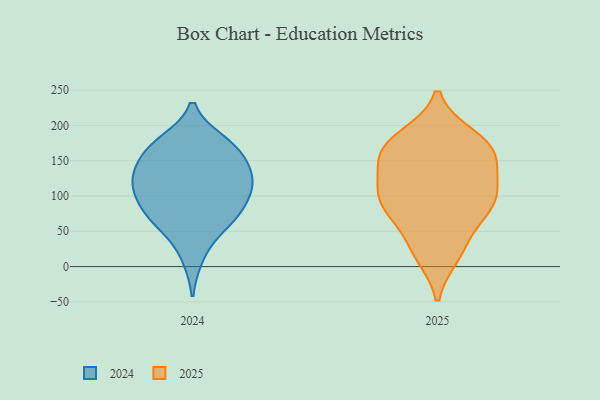
{"axis": {"x": "Headcount", "y": "Value"}, "legend": ["2024", "2025"], "data": [{"x": "", "y": 141, "type": "2025"}, {"x": "", "y": 155, "type": "2025"}, {"x": "", "y": 113, "type": "2025"}, {"x": "", "y": 88, "type": "2025"}, {"x": "", "y": 105, "type": "2025"}, {"x": "", "y": 94, "type": "2025"}, {"x": "", "y": 25, "type": "2025"}, {"x": "", "y": 177, "type": "2025"}, {"x": "", "y": 62, "type": "2025"}, {"x": "", "y": 86, "type": "2025"}, {"x": "", "y": 172, "type": "2025"}, {"x": "", "y": 154, "type": "2025"}, {"x": "", "y": 184, "type": "2025"}, {"x": "", "y": 16, "type": "2025"}, {"x": "", "y": 172, "type": "2024"}, {"x": "", "y": 128, "type": "2024"}, {"x": "", "y": 106, "type": "2024"}, {"x": "", "y": 122, "type": "2024"}, {"x": "", "y": 176, "type": "2024"}, {"x": "", "y": 154, "type": "2024"}, {"x": "", "y": 75, "type": "2024"}, {"x": "", "y": 160, "type": "2024"}, {"x": "", "y": 125, "type": "2024"}, {"x": "", "y": 171, "type": "2024"}, {"x": "", "y": 58, "type": "2024"}, {"x": "", "y": 122, "type": "2024"}, {"x": "", "y": 14, "type": "2024"}, {"x": "", "y": 112, "type": "2024"}, {"x": "", "y": 83, "type": "2024"}, {"x": "", "y": 80, "type": "2024"}, {"x": "", "y": 60, "type": "2024"}]}